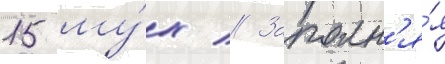
15 му́х // Заполн'я́я